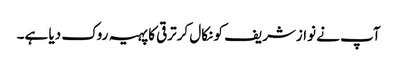
آپ نے نوازشریف کو نکال کرترقی کا پہیہ روک دیا ہے۔